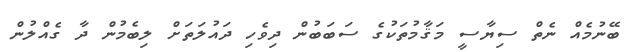
ބޭނުމެއް ނެތް ސިޔާސީ މަޤާމުތަކުގެ ސަބަބުން ދިވެހި ދައުލަތަށް ލިބެމުން ދާ ގެއްލުން